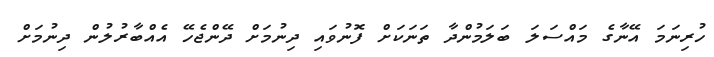
ހުރިނަމަ އޭނާގެ މައްސަލަ ބަލަމުންދާ ތަނަކަށް ފޮނުވައި ދިނުމަށް ދޭންޖެހޭ އެއްބާރުލުން ދިނުމަށް